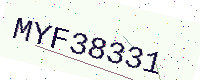
Text: MYF38331